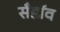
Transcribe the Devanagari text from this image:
सँडॉव